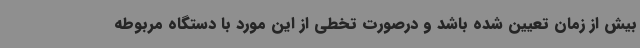
بیش از زمان تعیین شده باشد و درصورت تخطی از این مورد با دستگاه مربوطه